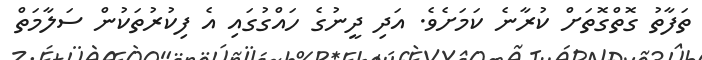
ތަފާތު ގޮތްގޮތަށް ކުރާނެ ކަމަށެވެ. އަދި ދީނުގެ ހައްގުގައި އެ ފިކުރުތަކުން ސަލާމަތް